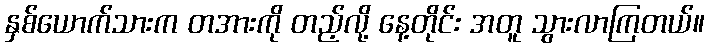
နှစ်ယောက်သားက တအားကို တည့်လို့ နေ့တိုင်း အတူ သွားလာကြတယ်။